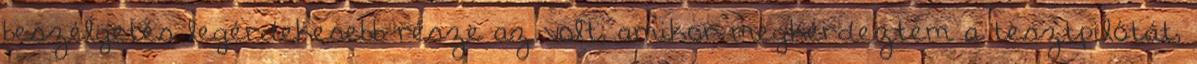
beszélgetés legérdekesebb része az volt, amikor megkérdeztem a tesztpilótát,